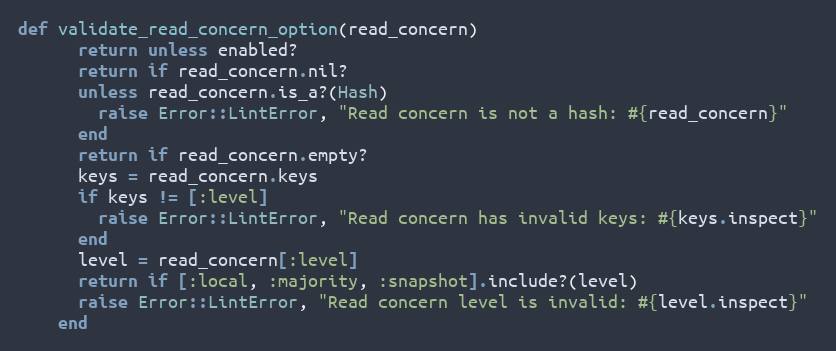
Language: Ruby
def validate_read_concern_option(read_concern)
      return unless enabled?
      return if read_concern.nil?
      unless read_concern.is_a?(Hash)
        raise Error::LintError, "Read concern is not a hash: #{read_concern}"
      end
      return if read_concern.empty?
      keys = read_concern.keys
      if keys != [:level]
        raise Error::LintError, "Read concern has invalid keys: #{keys.inspect}"
      end
      level = read_concern[:level]
      return if [:local, :majority, :snapshot].include?(level)
      raise Error::LintError, "Read concern level is invalid: #{level.inspect}"
    end